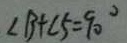
\angle B + \angle 5 = 9 0 ^ { \circ }